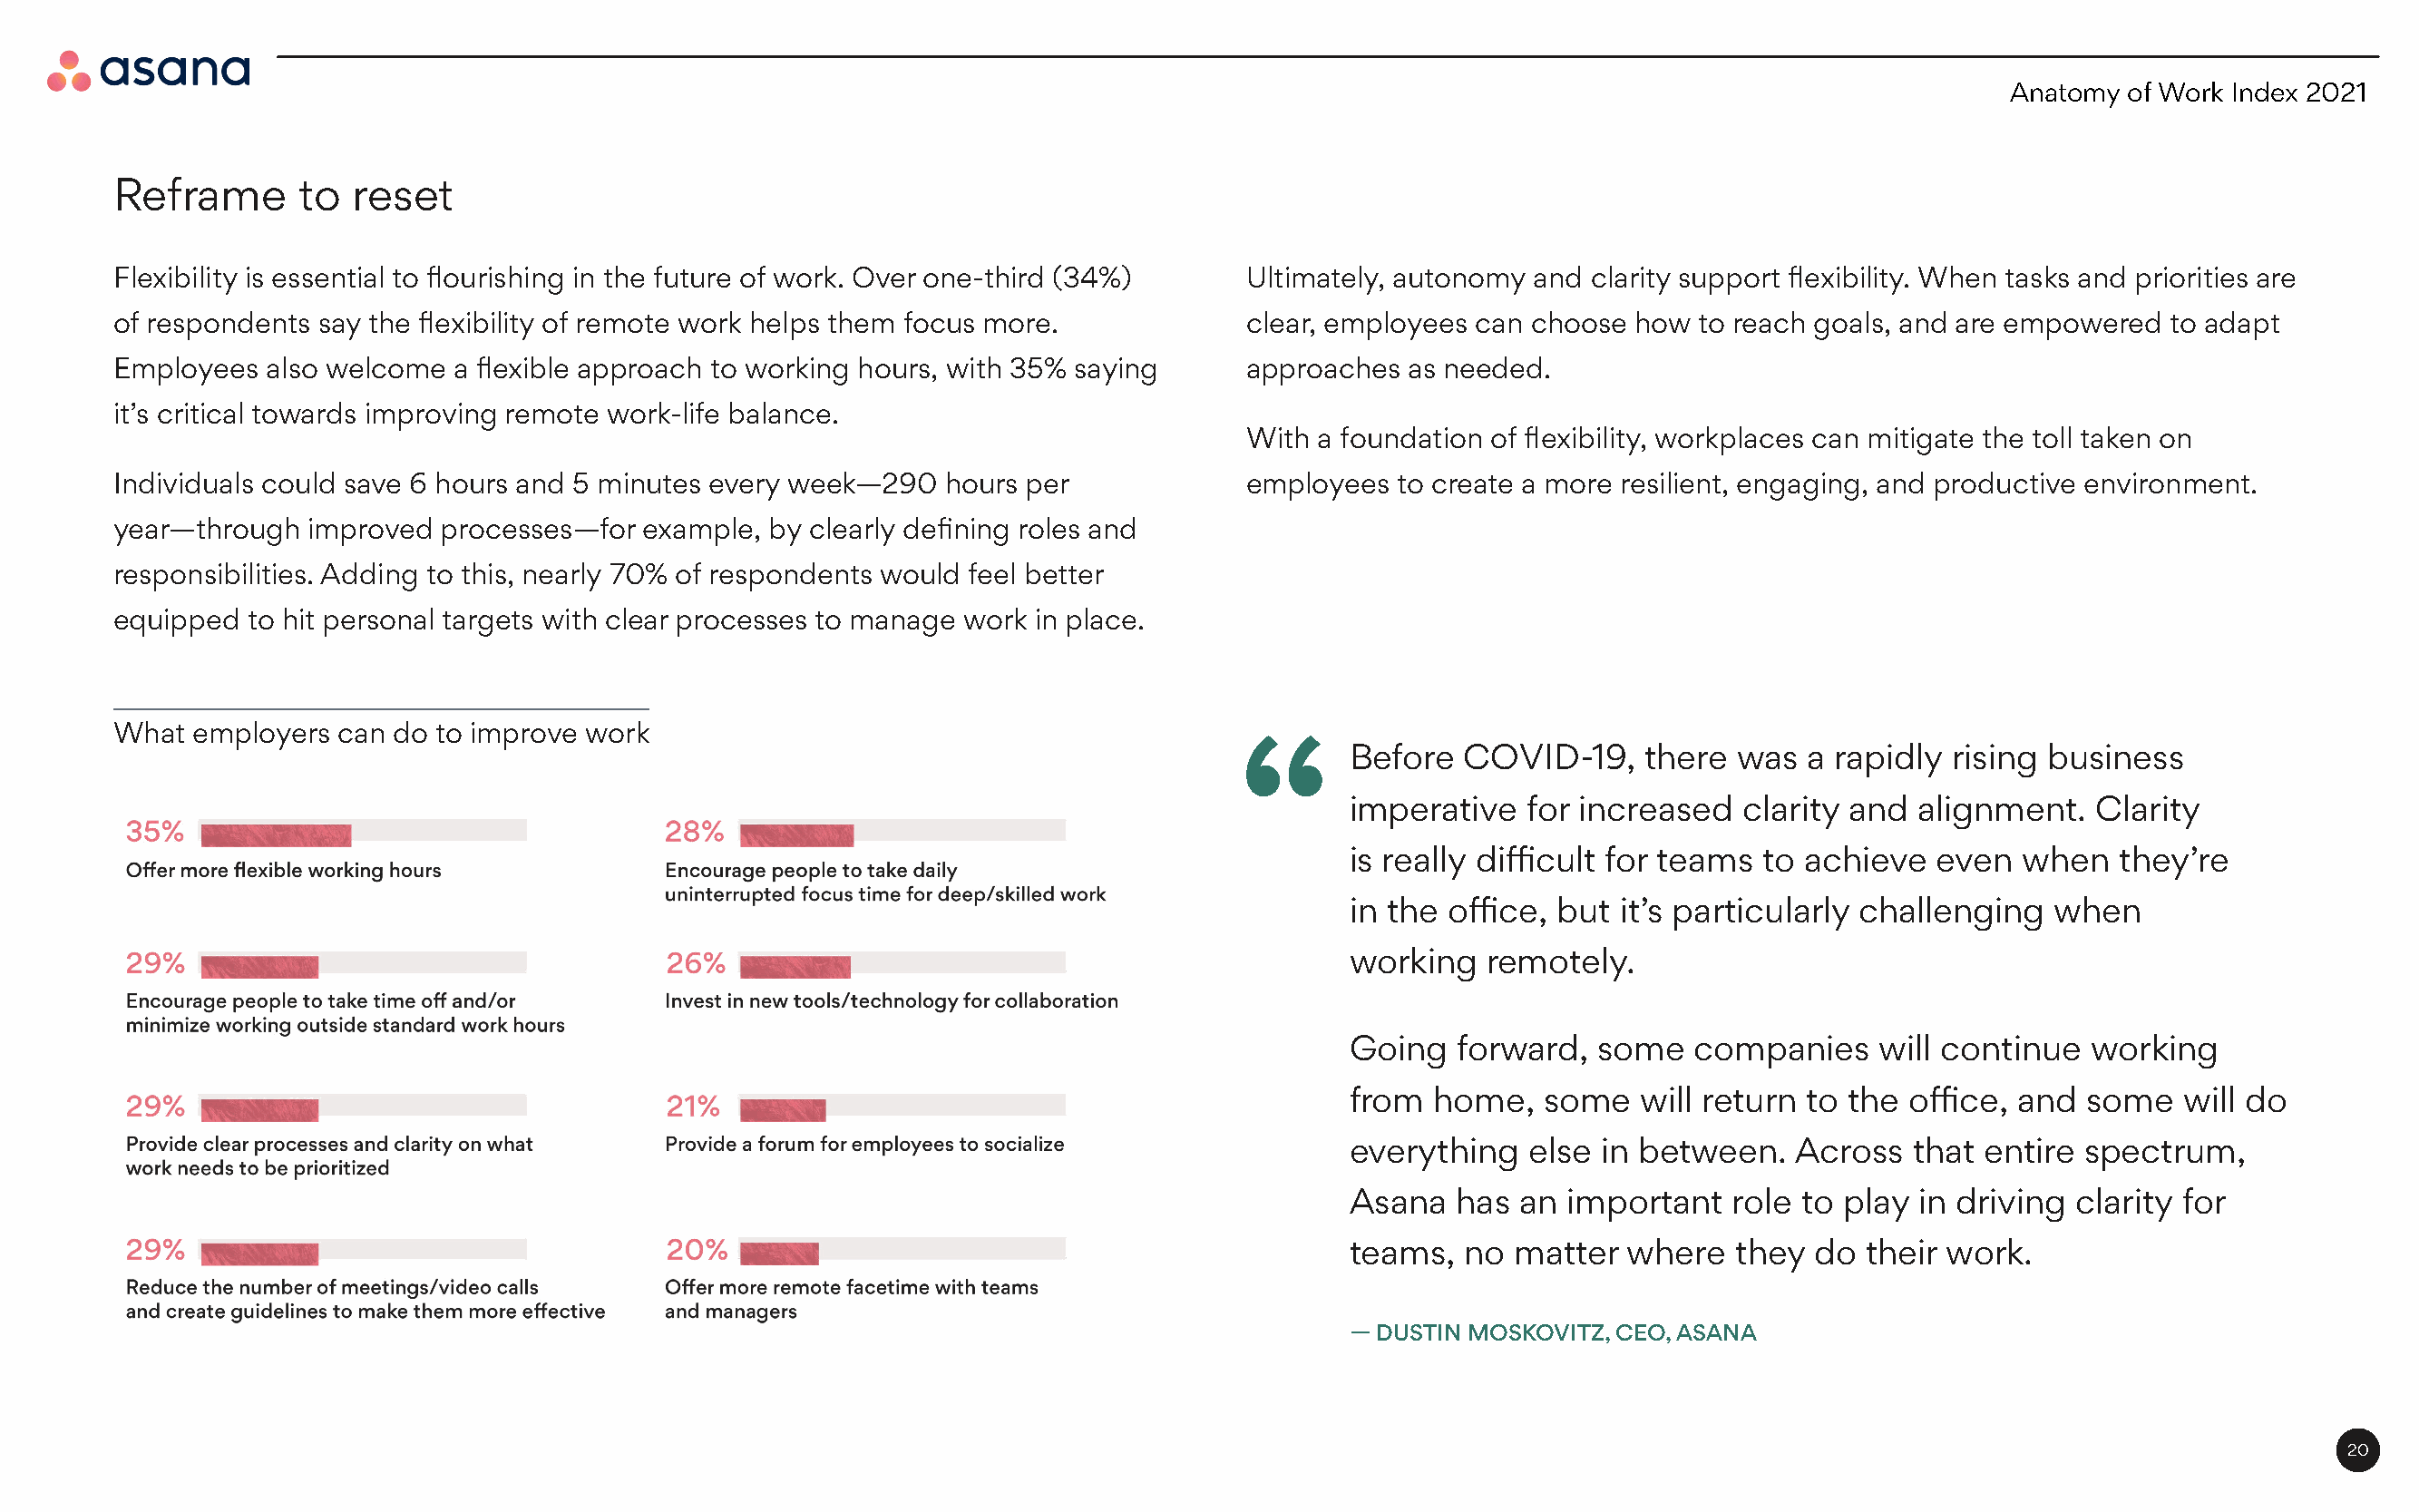
Anatomy of Work Index 2021
 Reframe       to  reset
 Flexibility is essential to flourishing in the future of work. Over one-third (34%) Ultimately, autonomy and clarity support flexibility. When tasks and priorities are
 of respondents say the flexibility of remote work helps them focus more.           clear, employees can choose how  to reach goals, and are empowered to adapt
 Employees  also welcome  a flexible approach to working hours, with 35% saying     approaches  as needed.
 it’s critical towards improving remote work-life balance.
 With a foundation of flexibility, workplaces can mitigate the toll taken on
 Individuals could save 6 hours and 5 minutes every week—290  hours per             employees  to create a more resilient, engaging, and productive environment.
 year—through  improved  processes—for  example, by clearly defining roles and
 responsibilities. Adding to this, nearly 70% of respondents would feel better
 equipped  to hit personal targets with clear processes to manage work in place.
 What  employers  can do to improve work
 Before   COVID-19,    there  was  a rapidly rising business
 imperative   for increased   clarity and  alignment.   Clarity
 is really difficult for teams  to achieve  even   when   they’re
 in the  office, but it’s particularly challenging   when
 working   remotely.
 Going   forward,   some   companies    will continue   working
 from   home,   some   will return to the office, and  some   will do
 everything    else in between.   Across   that entire spectrum,
 Asana   has  an important   role to  play in driving clarity for
 teams,   no  matter  where   they do  their work.
 — DUSTIN MOSKOVITZ, CEO, ASANA
 20